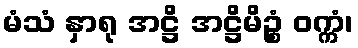
မံသံ နှာရု အဋ္ဌိ အဋ္ဌိမိဉ္စံ ဝက္ကံ၊